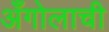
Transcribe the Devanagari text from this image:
अँगोलाची